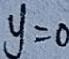
y = 0